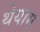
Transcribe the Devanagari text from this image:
थेयाम